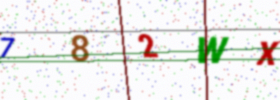
Text: 782WX